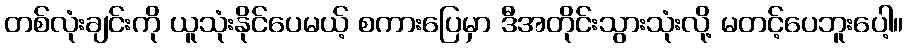
တစ်လုံးချင်းကို ယူသုံးနိုင်ပေမယ့် စကားပြေမှာ ဒီအတိုင်းသွားသုံးလို့ မတင့်ပေဘူးပေါ့။